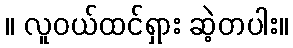
။ လူဝယ်ထင်ရှား ဆဲ့တပါး။